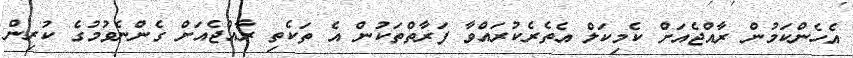
އެހެންކަމުން ރާއްޖެއަށް ކެމިކަލް އެތެރެކުރައްވާ ފަރާތްތަކުން އެ ތަކެތި ރާއްޖެއަށް ގެންނެވުމުގެ ކުރިން